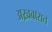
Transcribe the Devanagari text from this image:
अख़बारात